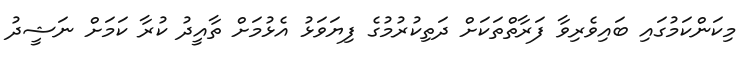
މިކަންކަމުގައި ބައިވެރިވާ ފަރާތްތަކަށް ދަތިކުރުމުގެ ފިޔަވަޅު އެޅުމަށް ތާއީދު ކުރާ ކަމަށް ނަޝީދު